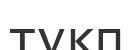
түкп